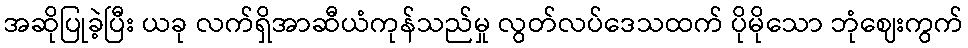
အဆိုပြုခဲ့ပြီး ယခု လက်ရှိအာဆီယံကုန်သည်မှု လွတ်လပ်ဒေသထက် ပိုမိုသော ဘုံဈေးကွက်